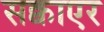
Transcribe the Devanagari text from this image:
सक्वाएर